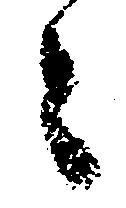
々